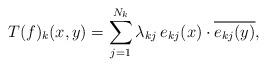
LaTeX: \begin{align*} T(f)_k(x,y)=\sum_{j=1}^{N_k} \lambda_{kj}\,e_{kj}(x)\cdot \overline{e_{kj}(y)},\end{align*}